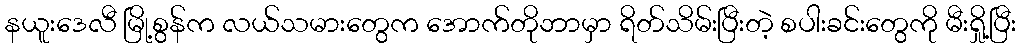
နယူးဒေလီ မြို့စွန်က လယ်သမားတွေက အောက်တိုဘာမှာ ရိတ်သိမ်းပြီးတဲ့ စပါးခင်းတွေကို မီးရှို့ပြီး